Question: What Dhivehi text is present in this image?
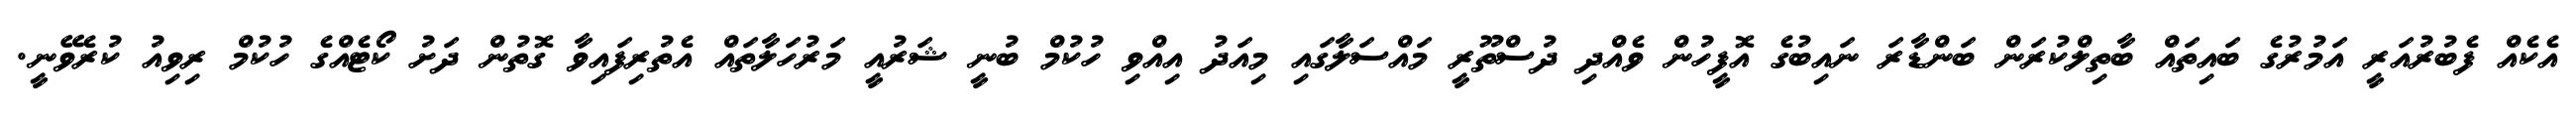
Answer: އެކެއް ފެބުރުއަރީ އަމުރުގެ ބައިތައް ބާތިލްކުރަން ބަންޑާރަ ނައިބުގެ އޮފީހުން ވެއްދި ދުސްތޫރީ މައްސަލާގައި މިއަދު އިއްވި ހުކުމް ބުނީ ޝަރުއީ މަރުހަލާތައް އެތުރިފައިވާ ގޮތުން ދަށު ކޯޓެއްގެ ހުކުމް ރިވިއު ކުރެވޭނީ.